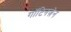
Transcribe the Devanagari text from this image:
गॉटिनज़ेन